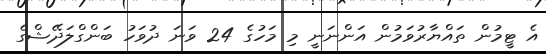
އެ ޓީމުން ތައްޔާރުވަމުން އަންނަނީ މި މަހުގެ 24 ވަނަ ދުވަހު ބަންގްލަދޭޝްގެ